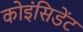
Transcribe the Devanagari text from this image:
कोइंसिडेंट